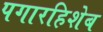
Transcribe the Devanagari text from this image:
पगारहिशेब